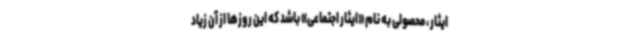
ایثار ، محصولی به نام «ایثار اجتماعی» باشد که این روزها از آن زیاد